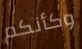
وكأنكم